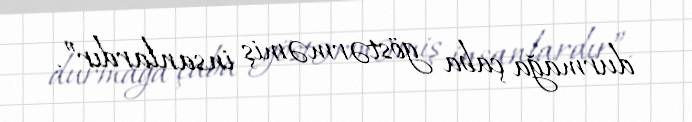
durmağa çaba göstərməmiş insanlardır”.